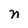
Character: n